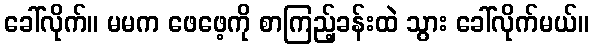
ခေါ်လိုက်။ မမက ဖေဖေ့ကို စာကြည့်ခန်းထဲ သွား ခေါ်လိုက်မယ်။